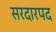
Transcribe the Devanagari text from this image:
सरदारपद